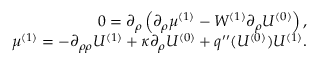
\begin{array} { r l r } & { } & { 0 = \partial _ { \rho } \left( \partial _ { \rho } \mu ^ { ( 1 ) } - W ^ { ( 1 ) } \partial _ { \rho } U ^ { ( 0 ) } \right) , } \\ & { } & { \mu ^ { ( 1 ) } = - \partial _ { \rho \rho } U ^ { ( 1 ) } + \kappa \partial _ { \rho } U ^ { ( 0 ) } + q ^ { \prime \prime } ( U ^ { ( 0 ) } ) U ^ { ( 1 ) } . } \end{array}